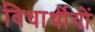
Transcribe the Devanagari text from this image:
विधार्थीयों